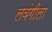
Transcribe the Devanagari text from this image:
लवंगीला